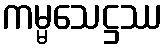
ကမ္မသေဋ္ဌဿ